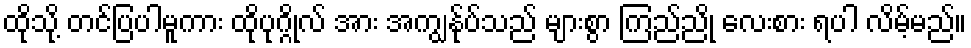
ထိုသို့ တင်ပြပါမူကား ထိုပုဂ္ဂိုလ် အား အကျွန်ုပ်သည် များစွာ ကြည်ညို လေးစား ရပါ လိမ့်မည်။